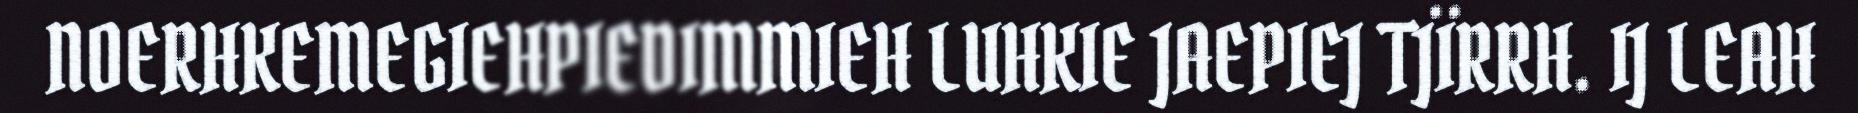
NOERHKEMEGIEHPIEDIMMIEH LUHKIE JAEPIEJ TJÏRRH. IJ LEAH